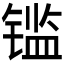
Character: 𰾫